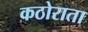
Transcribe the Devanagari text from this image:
कठोराता